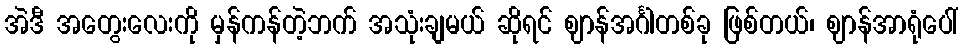
အဲဒီ အတွေးလေးကို မှန်ကန်တဲ့ဘက် အသုံးချမယ် ဆိုရင် ဈာန်အင်္ဂါတစ်ခု ဖြစ်တယ်၊ ဈာန်အာရုံပေါ်